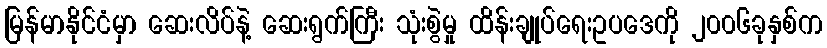
မြန်မာနိုင်ငံမှာ ဆေးလိပ်နဲ့ ဆေးရွက်ကြီး သုံးစွဲမှု ထိန်းချုပ်ရေးဥပဒေကို ၂၀၀၆ခုနှစ်က